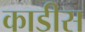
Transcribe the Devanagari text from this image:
काडीस